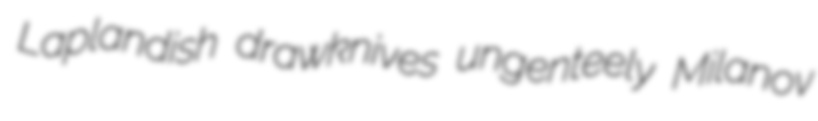
Laplandish drawknives ungenteely Milanov